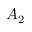
A _ { 2 }